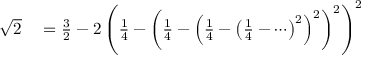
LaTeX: \begin{array} { r l } { { \sqrt { 2 } } } & { { } = { \frac { 3 } { 2 } } - 2 \left( { \frac { 1 } { 4 } } - \left( { \frac { 1 } { 4 } } - \left( { \frac { 1 } { 4 } } - \left( { \frac { 1 } { 4 } } - \cdots \right) ^ { 2 } \right) ^ { 2 } \right) ^ { 2 } \right) ^ { 2 } } \end{array}